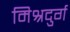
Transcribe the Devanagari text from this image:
मिश्रदुर्ग